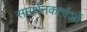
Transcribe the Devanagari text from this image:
समर्थनकर्ताओं